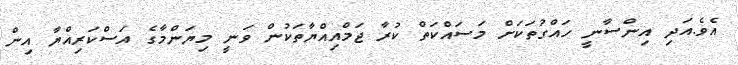
އެވެ.އަދި އިންސާނީ ހައްގުތަކަށް މަސައްކަތް ކުރާ ޖަމްއިއްޔާތަކުން ވަނީ މިޔަންމާގެ އަސްކަރިއްޔާ އިން